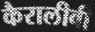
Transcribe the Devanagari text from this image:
कैरालीवी